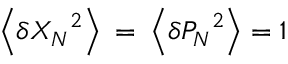
\left\langle \delta { { X } _ { N } } ^ { 2 } \right\rangle \mathrm { ~ = ~ } \left\langle \delta { { P } _ { N } } ^ { 2 } \right\rangle = 1